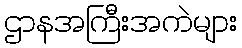
ဌာနအကြီးအကဲများ